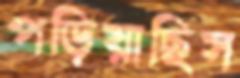
পড়িয়াছিস